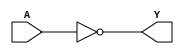
module sky130_fd_sc_ls__clkinv (
    Y,
    A
);

    // Module ports
    output Y;
    input  A;

    // Module supplies
    supply1 VPWR;
    supply0 VGND;
    supply1 VPB ;
    supply0 VNB ;

    // Local signals
    wire not0_out_Y;

    //  Name  Output      Other arguments
    not not0 (not0_out_Y, A              );
    buf buf0 (Y         , not0_out_Y     );

endmodule